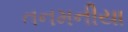
તનમનીયા